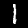
Digit: 1